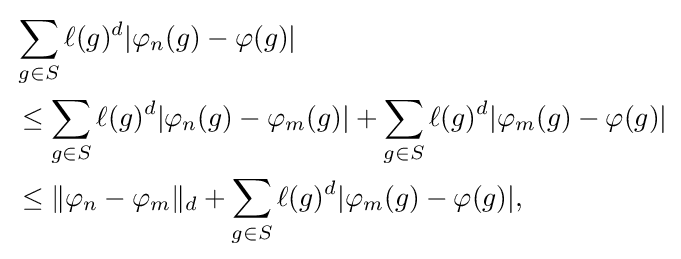
{\begin{aligned}&\sum _{g\in S}\ell (g)^{d}|\varphi _{n}(g)-\varphi (g)|\\&\leq \sum _{g\in S}\ell (g)^{d}|\varphi _{n}(g)-\varphi _{m}(g)|+\sum _{g\in S}\ell (g)^{d}|\varphi _{m}(g)-\varphi (g)|\\&\leq \|\varphi _{n}-\varphi _{m}\|_{d}+\sum _{g\in S}\ell (g)^{d}|\varphi _{m}(g)-\varphi (g)|,\end{aligned}}